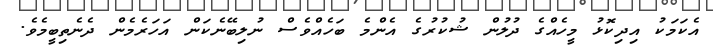
އެކަމަކު އިދިކޮޅު މީހެއްގެ ދުލުން ޝުކުރުގެ އެންމެ ބަހެއްވެސް ނުލިބޭނެކަން އަހަރެމެން ދެނެތިބީމެވެ.